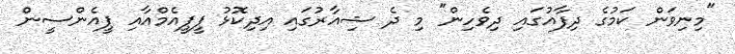
"މިނިވަން ކަމުގެ ދިފާއުގައި ދިވެހިން" މި ދެ ޝިއާރުގައި އިދިކޮޅު ޕީޕީއެމްއާއި ޕީއެންސީން